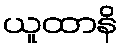
ယူထာနိ